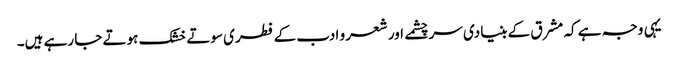
یہی وجہ ہے کہ مشرق کے بنیادی سر چشمے اور شعر و ادب کے فطری سوتے خشک ہوتے جا رہے ہیں۔